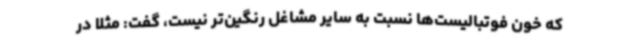
که خون فوتبالیست‌ها نسبت به سایر مشاغل رنگین‌تر نیست، گفت: مثلاً در